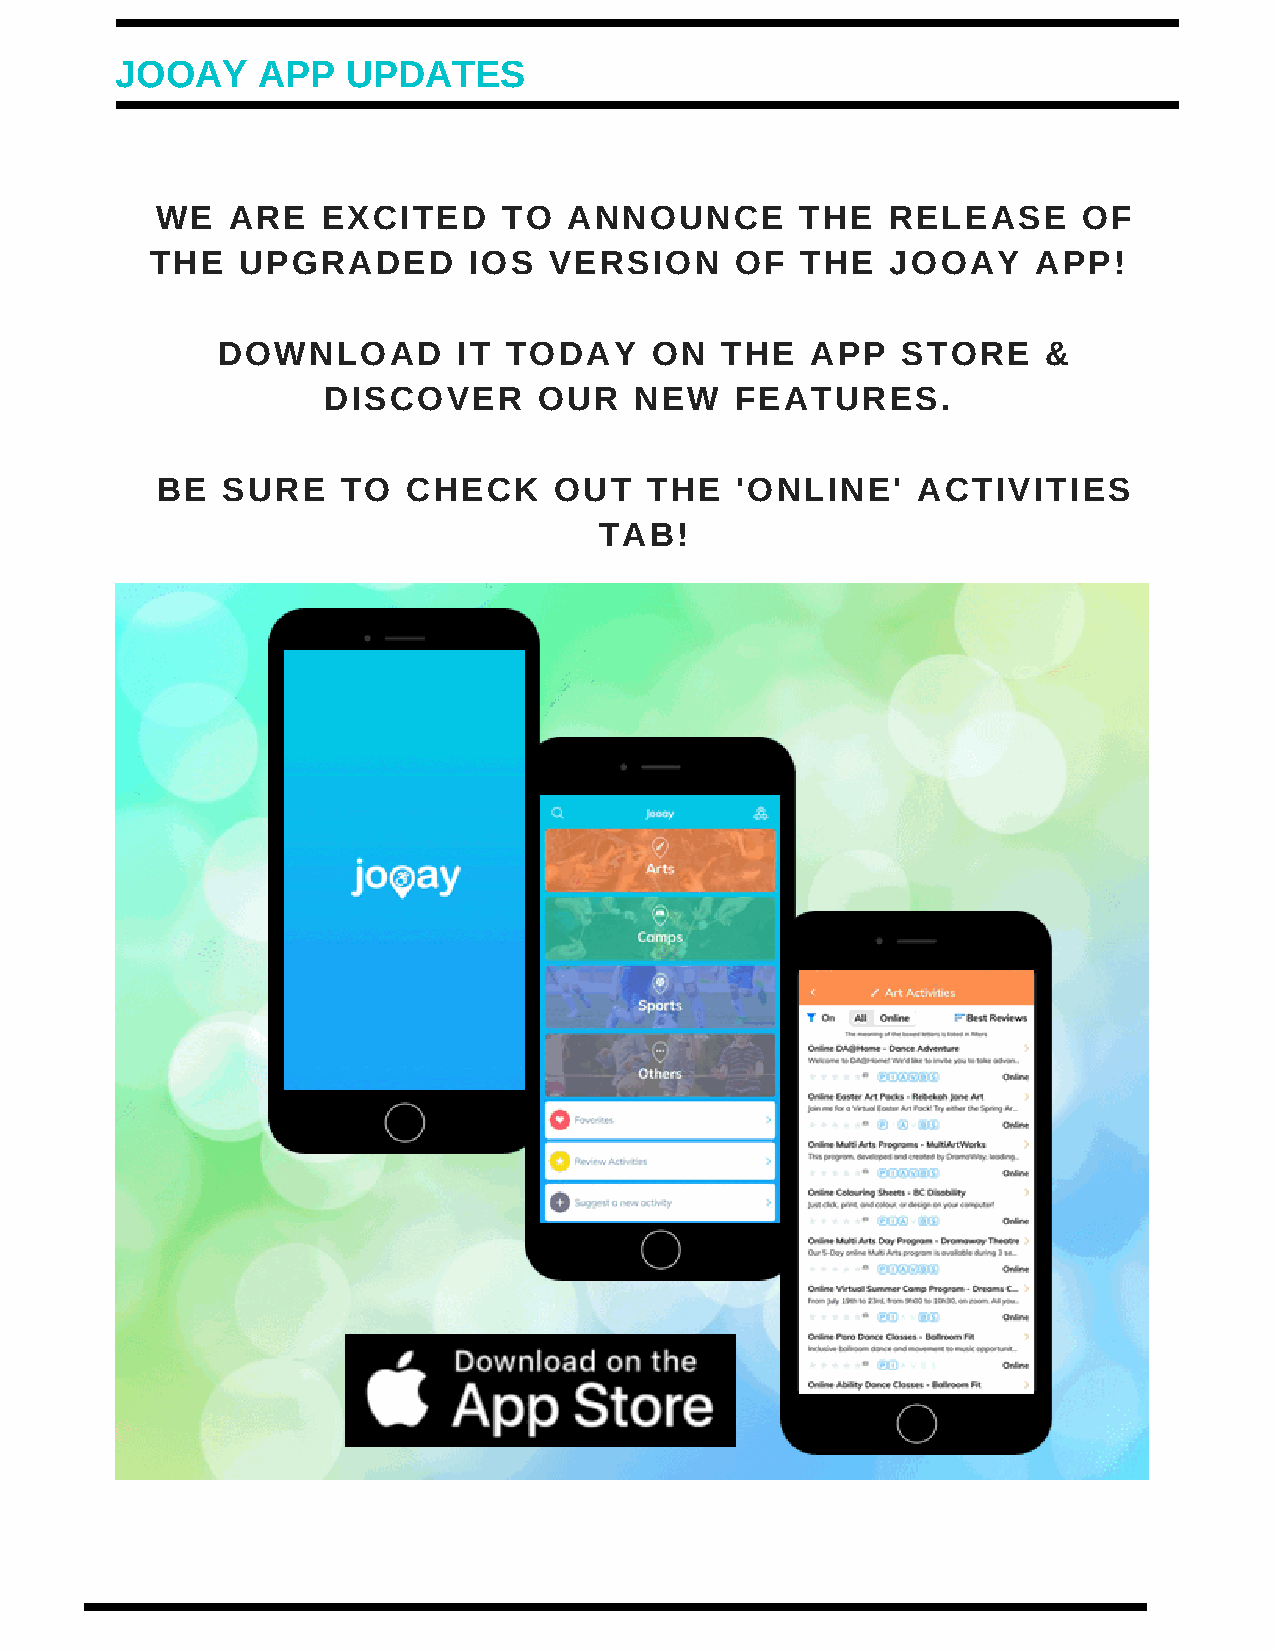
JOOAY    APP   UPDATES
 WE   ARE   EXCITED     TO   ANNOUNCE       THE   RELEASE      OF
 THE   UPGRADED       IOS  VERSION      OF  THE   JOOAY     APP!
 DOWNLOAD        IT TODAY     ON   THE   APP   STORE    &
 DISCOVER       OUR   NEW    FEATURES.
 BE   SURE    TO  CHECK     OUT   THE   'ONLINE'    ACTIVITIES
 TAB!